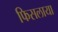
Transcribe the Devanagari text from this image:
फिसलाया